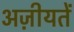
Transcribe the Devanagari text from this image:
अज़ीयतें